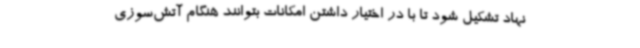
نهاد تشکیل شود تا با در اختیار داشتن امکانات بتوانند هنگام آتش‌سوزی